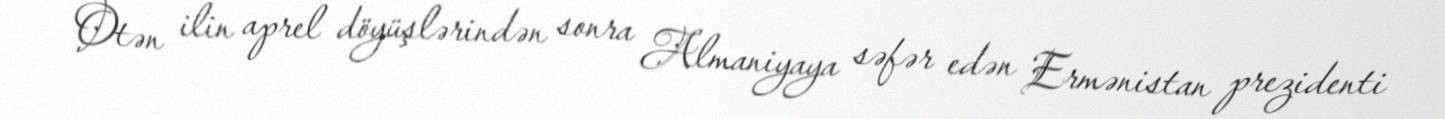
Ötən ilin aprel döyüşlərindən sonra Almaniyaya səfər edən Ermənistan prezidenti